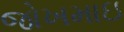
જોખમાઇ